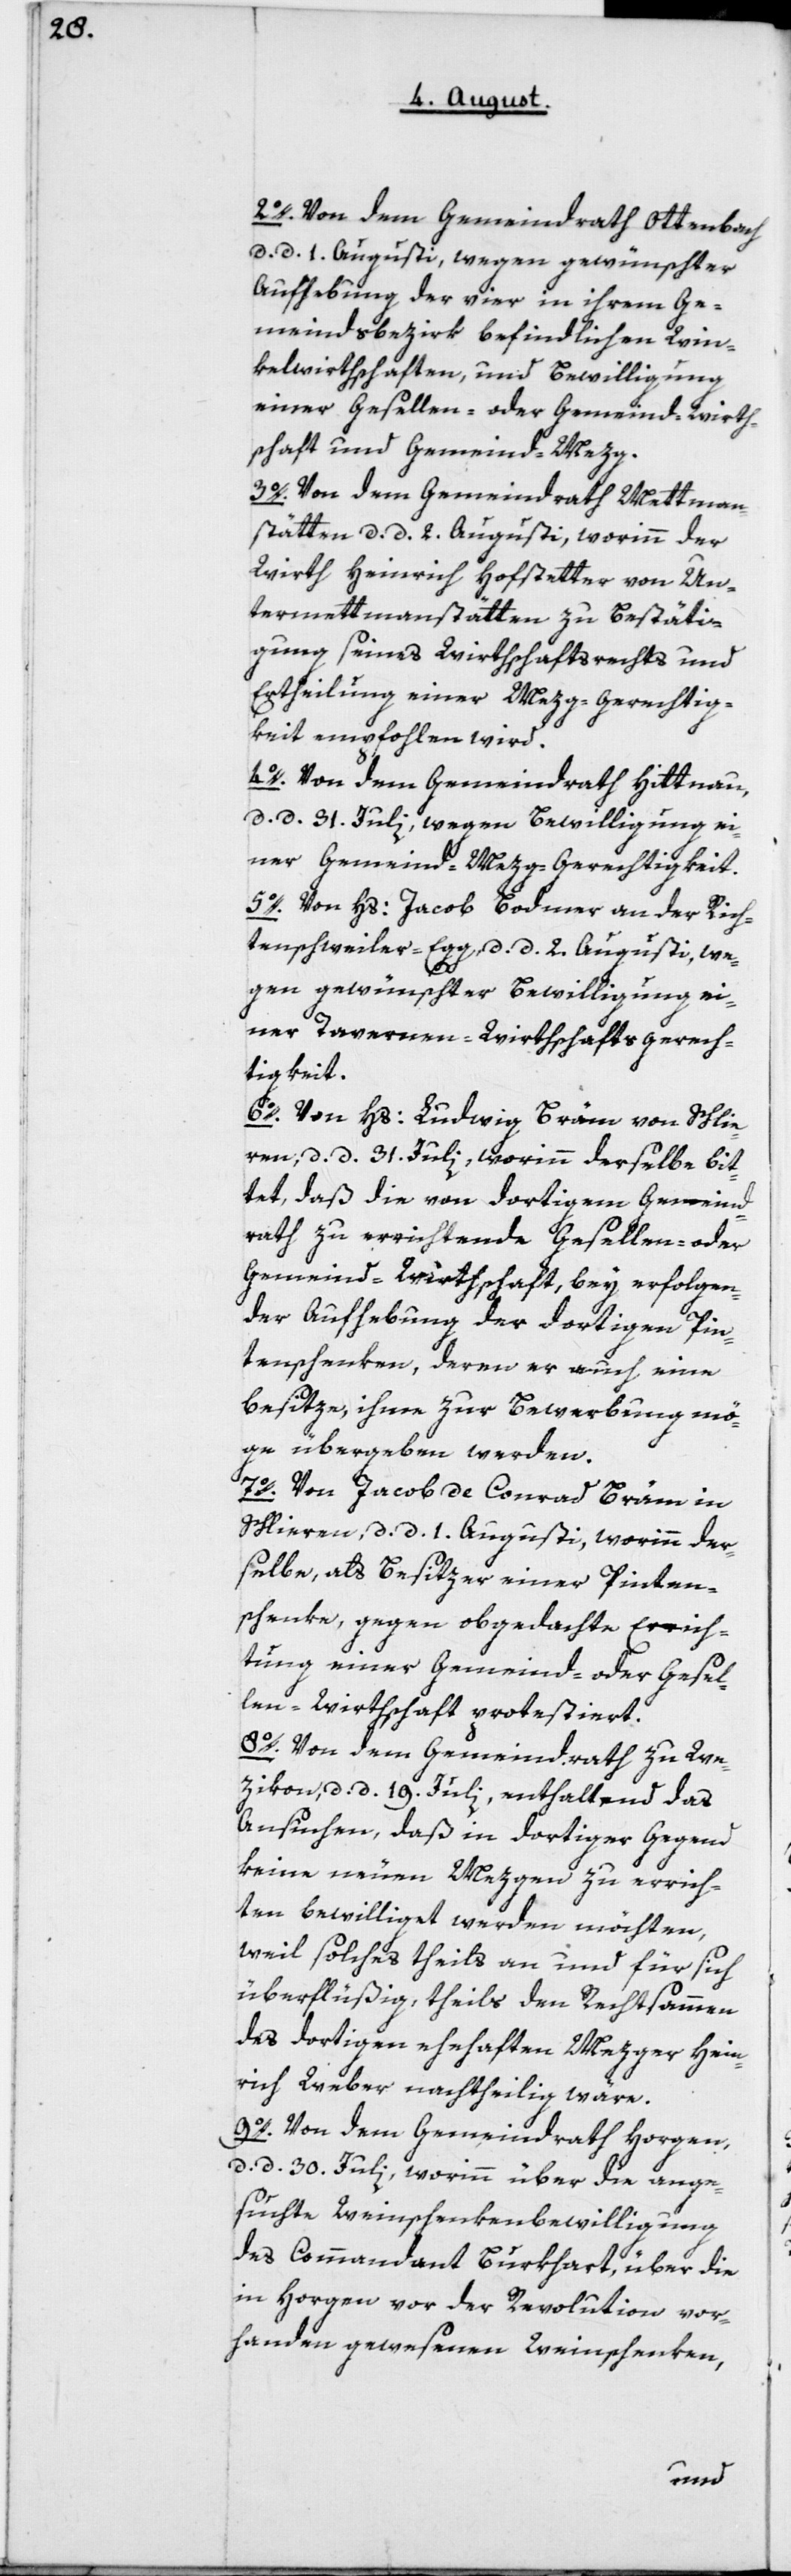
2o. Von dem Gemeindrath Ottenbach,
d. d. 1 Augusti, wegen gewünschter
Aufhebung der vier in ihrem Ge¬
meindsbezirk befindlichen Win¬
kelwirthschaften, und Bewilligung
einer Gesellen- oder Gemeindwirth¬
schaft und Gemeind-Mezg.
3o. Von dem Gemeindrath Mettmen¬
stetten, d. d. 2 Augusti, worin der
Wirth Heinrich Hofstetter von Un¬
ter-mettmanstätten zu Bestäti¬
gung seines Wirthschaftsrechts und
Erteilung einer Mezg-Gerechtig¬
keit empfohlen wird.
4o. Von dem Gemeindrath Hittnau,
d. d. 31 Julii, wegen Bewilligung ei¬
ner Gemeind-Mezg-Gerechtigkeit.
5o. Von Hs. Jacob Bodmer an der Rich¬
tenschweiler-Egg, d. d. 2 Augusti, we¬
gen gewünschter Bewilligung ei¬
ner Tavernen-Wirthschaftsgerech¬
tigkeit.
6o. Von Hs. Ludwig Bräm von Schlie¬
ren, d. d. 31 Juli, worin derselbe bit¬
tet, daß die von dortigem Gemeind¬
rath zu errichtende Gesellen- oder
Gemeind-Wirthschaft, bey erfolgen¬
der Aufhebung der dortigen Pin¬
tenschenken, deren er auch eine
besitze, ihme zur Bewerbung mö¬
ge übergeben werden.
7o. Von Jacob Conrad Bräm in
Schlieren, d. d. 1 Augusti, worin der¬
selbe, als Besitzer einer Pinten¬
schenke, gegen obgedachte Errich¬
tung einer Gemeind- oder Gesel¬
len-Wirthschaft protestiert.
8o. Von dem Gemeindrath zu We¬
zikon, d. d. 19ten Julii, enthaltend das
Ansuchen, daß in dortiger Gegend
keine neuen Mezgen zu errich¬
ten bewilliget werden möchten,
weil solches theils an und für sich
überflüßig, theils den Rechtsammen
des dortigen ehehaften Mezger Hein¬
rich Weber nachtheilig wäre.
9o. Von dem Gemeindrath Horgen,
d. d. 30 Juli, worinn über die ange¬
suchte Weinschenken-Bewilligung
des Commandant Burkhart, über die
in Horgen vor der Revolution vor¬
handen gewesenen Weinschenken,